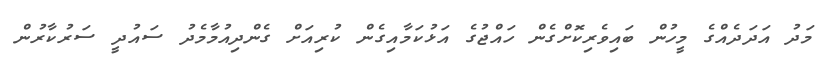
މަދު އަދަދެއްގެ މީހުން ބައިވެރިކޮށްގެން ހައްޖުގެ އަޅުކަމާއިގެން ކުރިއަށް ގެންދިއުމާމެދު ސައުދީ ސަރުކާރުން